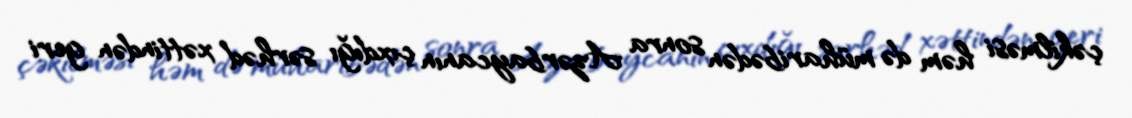
çəkilməsi həm də müharibədən sonra Azərbaycanın çıxdığı sərhəd xəttindən geri